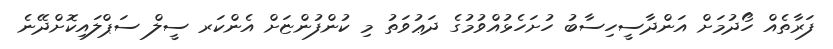
ފަރާތެެއް ހޯދުމަށް އަންދާސީހިސާބު ހުށަހެޅުއްވުމުގެ ދަޢުވަތު މި ކުންފުންޏަށް އެންކަރ ސީލް ސަޕްލައިކޮށްދޭނެ